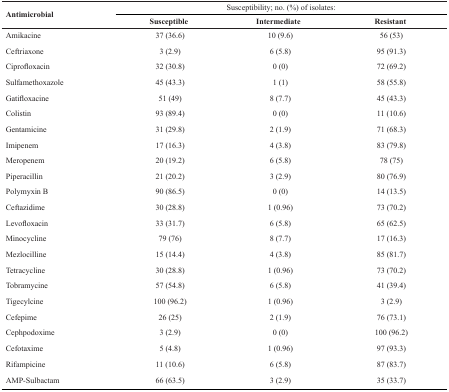
<table><thead><tr><td rowspan="3"><b>Antimicrobial</b></td><td colspan="3"><b>Susceptibility; no. (%) of isolates:</b></td></tr><tr><td><b>Susceptible</b></td><td><b>Intermediate</b></td><td><b>Resistant</b></td></tr></thead><tbody><tr><td>Amikacine</td><td>37 (36.6)</td><td>10 (9.6)</td><td>56 (53)</td></tr><tr><td>Ceftriaxone</td><td>3 (2.9)</td><td>6 (5.8)</td><td>95 (91.3)</td></tr><tr><td>Ciprofloxacin</td><td>32 (30.8)</td><td>0(0)</td><td>72 (69.2)</td></tr><tr><td>Sulfamethoxazole</td><td>45 (43.3)</td><td>1 (1)</td><td>58 (55.8)</td></tr><tr><td>Gatifloxacine</td><td>51 (49)</td><td>8 (7.7)</td><td>45 (43.3)</td></tr><tr><td>Colistin</td><td>93 (89.4)</td><td>0 (0)</td><td>11 (10.6)</td></tr><tr><td>Gentamicine</td><td>31 (29.8)</td><td>2 (1.9)</td><td>71 (68.3)</td></tr><tr><td>Imipenem</td><td>17 (16.3)</td><td>4 (3.8)</td><td>83 (79.8)</td></tr><tr><td>Meropenem</td><td>20 (19.2)</td><td>6 (5.8)</td><td>78 (75)</td></tr><tr><td>Piperacillin</td><td>21 (20.2)</td><td>3 (2.9)</td><td>80 (76.9)</td></tr><tr><td>Polymyxin B</td><td>90 (86.5)</td><td>0 (0)</td><td>14 (13.5)</td></tr><tr><td>Ceftazidime</td><td>30 (28.8)</td><td>1 (0.96)</td><td>73 (70.2)</td></tr><tr><td>Levofloxacin</td><td>33 (31.7)</td><td>6 (5.8)</td><td>65 (62.5)</td></tr><tr><td>Minocycline</td><td>79 (76)</td><td>8 (7.7)</td><td>17 (16.3)</td></tr><tr><td>Mezlocilline</td><td>15 (14.4)</td><td>4 (3.8)</td><td>85 (81.7)</td></tr><tr><td>Tetracycline</td><td>30 (28.8)</td><td>1 (0.96)</td><td>73 (70.2)</td></tr><tr><td>Tobramycine</td><td>57 (54.8)</td><td>6 (5.8)</td><td>41 (39.4)</td></tr><tr><td>Tigecylcine</td><td>100 (96.2)</td><td>1 (0.96)</td><td>3 (2.9)</td></tr><tr><td>Cefepime</td><td>26 (25)</td><td>2 (1.9)</td><td>76 (73.1)</td></tr><tr><td>Cephpodoxime</td><td>3 (2.9)</td><td>0 (0)</td><td>100 (96.2)</td></tr><tr><td>Cefotaxime</td><td>5 (4.8)</td><td>1 (0.96)</td><td>97 (93.3)</td></tr><tr><td>Rifampicine</td><td>11 (10.6)</td><td>6 (5.8)</td><td>87 (83.7)</td></tr><tr><td>AMP-Sulbactam</td><td>66 (63.5)</td><td>3 (2.9)</td><td>35 (33.7)</td></tr></tbody></table>